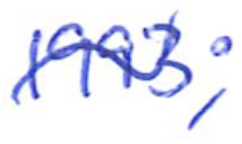
Text: 1993;
Cross-out: mix
Writing tool: ballpoint